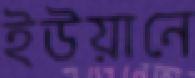
ইউয়ানে